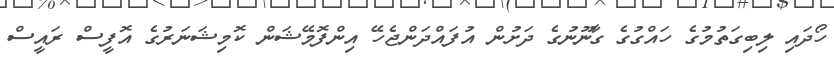
ހޯދައި ލިބިގަތުމުގެ ހައްގުގެ ގާނޫނުގެ ދަށުން އުފައްދަންޖެހޭ އިންފޮމޭޝަން ކޮމިޝަނަރުގެ އޮފީސް ރައީސް